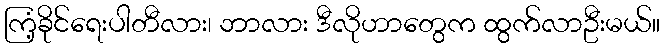
ကြံ့ခိုင်ရေးပါတီလား၊ ဘာလား ဒီလိုဟာတွေက ထွက်လာဦးမယ်။